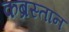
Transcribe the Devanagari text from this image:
कब्रस्‍तान